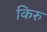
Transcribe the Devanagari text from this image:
किरु